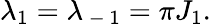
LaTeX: \lambda_{1}=\lambda_{\mathrm{~-~}1}=\pi J_{1}.